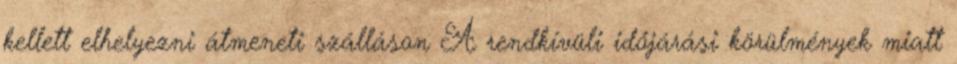
kellett elhelyezni átmeneti szálláson A rendkívüli időjárási körülmények miatt